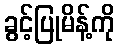
ခွင့်ပြုမိန့်ကို